Elephants and their diseases
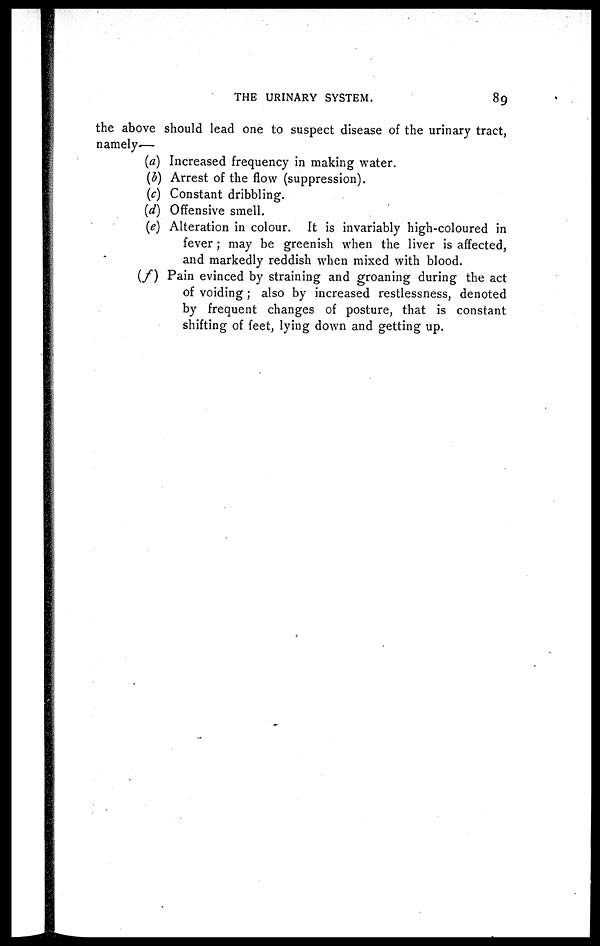
THE URINARY SYSTEM.
89
the above should lead one to suspect disease of the urinary tract,
namely—
(a) Increased frequency in making water.
(b) Arrest of the flow (suppression).
(c) Constant dribbling.
(d) Offensive smell.
(e) Alteration in colour. It is invariably high-coloured in
fever ; may be greenish when the liver is affected,
and markedly reddish when mixed with blood.
(f) Pain evinced by straining and groaning during the act
of voiding ; also by increased restlessness, denoted
by frequent changes of posture, that is constant
shifting of feet, lying down and getting up.